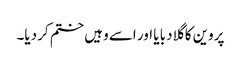
پروین کا گلا دبا یا اور اسے وہیں ختم کر دیا۔